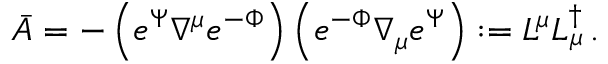
\bar { A } = - \left( e ^ { \Psi } \nabla ^ { \mu } e ^ { - \Phi } \right) \left( e ^ { - \Phi } \nabla _ { \mu } e ^ { \Psi } \right) : = L ^ { \mu } L _ { \mu } ^ { \dag } \, .